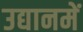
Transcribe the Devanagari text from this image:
उद्यानमें